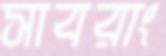
সাবরাং